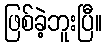
ဖြစ်ခဲ့ဘူးပြီ။